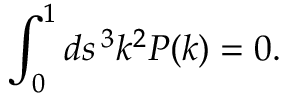
\int _ { 0 } ^ { 1 } d s \, \l ^ { 3 } k ^ { 2 } P ( \l k ) = 0 .